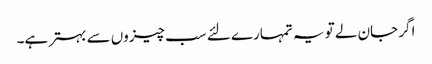
اگر جان لے تو یہ تمہارے لئے سب چیزوں سے بہتر ہے۔